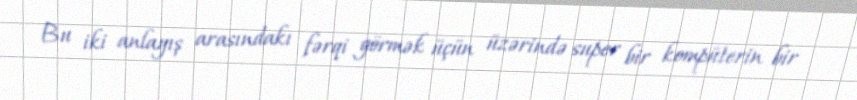
Bu iki anlayış arasındakı fərqi görmək üçün üzərində super bir kompüterin bir